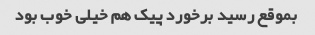
بموقع رسید برخورد پیک هم خیلی خوب بود